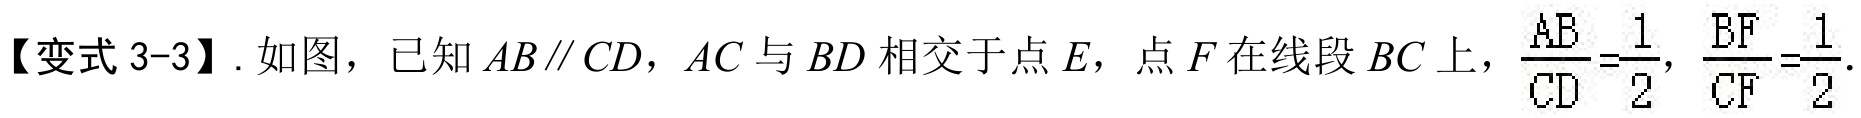
【变式3-3】. 如图，已知\(AB\parallel CD\)，\(AC\)与\(BD\)相交于点\(E\)，点\(F\)在线段\(BC\)上，\(\frac{AB}{CD}=\frac{1}{2}\)，\(\frac{BF}{CF}=\frac{1}{2}\)．